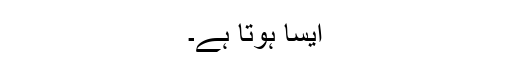
ایسا ہوتا ہے۔